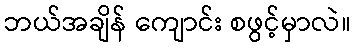
ဘယ်အချိန် ကျောင်း စဖွင့်မှာလဲ။